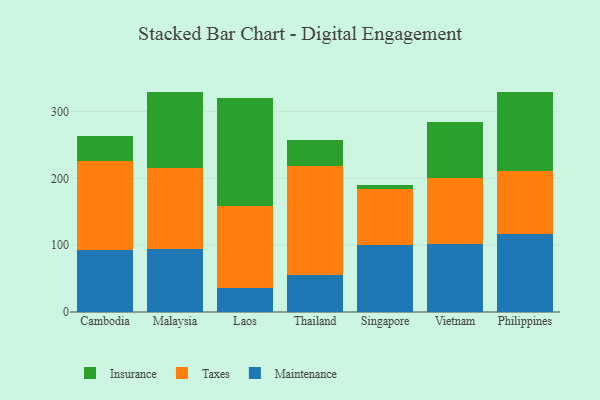
{"axis": {"x": "Country", "y": "Satisfaction Score"}, "legend": ["Insurance", "Maintenance", "Taxes"], "data": [{"x": "Cambodia", "y": 92.8, "type": "Maintenance"}, {"x": "Cambodia", "y": 133.5, "type": "Taxes"}, {"x": "Cambodia", "y": 36.6, "type": "Insurance"}, {"x": "Malaysia", "y": 94.2, "type": "Maintenance"}, {"x": "Malaysia", "y": 121.1, "type": "Taxes"}, {"x": "Malaysia", "y": 114.4, "type": "Insurance"}, {"x": "Laos", "y": 35.3, "type": "Maintenance"}, {"x": "Laos", "y": 124.0, "type": "Taxes"}, {"x": "Laos", "y": 160.8, "type": "Insurance"}, {"x": "Thailand", "y": 55.2, "type": "Maintenance"}, {"x": "Thailand", "y": 163.6, "type": "Taxes"}, {"x": "Thailand", "y": 38.8, "type": "Insurance"}, {"x": "Singapore", "y": 99.5, "type": "Maintenance"}, {"x": "Singapore", "y": 84.8, "type": "Taxes"}, {"x": "Singapore", "y": 5.7, "type": "Insurance"}, {"x": "Vietnam", "y": 101.1, "type": "Maintenance"}, {"x": "Vietnam", "y": 100.0, "type": "Taxes"}, {"x": "Vietnam", "y": 82.7, "type": "Insurance"}, {"x": "Philippines", "y": 117.0, "type": "Maintenance"}, {"x": "Philippines", "y": 94.4, "type": "Taxes"}, {"x": "Philippines", "y": 117.1, "type": "Insurance"}]}